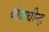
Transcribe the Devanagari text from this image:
बोधचीन्ह